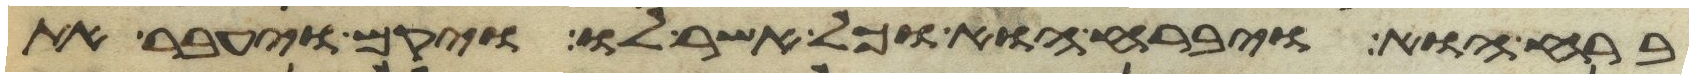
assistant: ברח הוא ויברח הוא וכל אשר לו ויקם ויעבר את